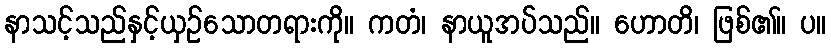
နာသင့်သည်နှင့်ယှဉ်သောတရားကို။ ကတံ၊ နာယူအပ်သည်။ ဟောတိ၊ ဖြစ်၏။ ပ။